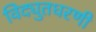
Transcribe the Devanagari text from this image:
विद्युतधरणी